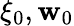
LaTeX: \xi_{0},\mathbf{w}_{0}